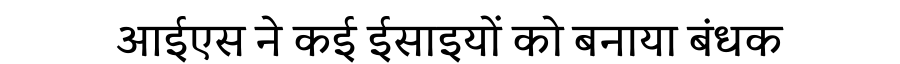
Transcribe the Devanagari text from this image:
आईएस ने कई ईसाइयों को बनाया बंधक